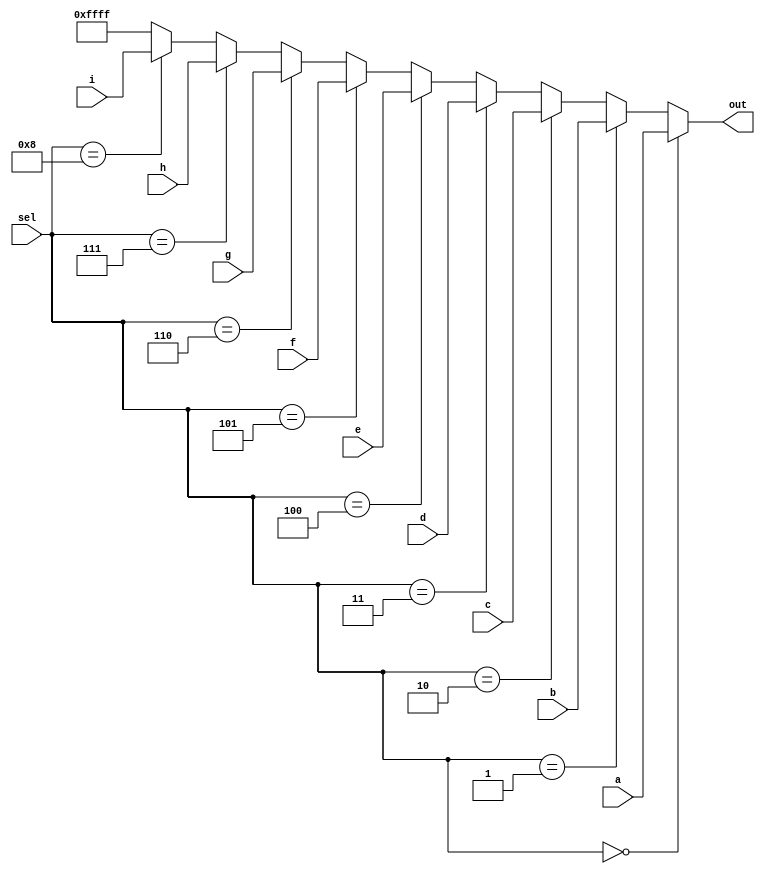
module top_module( 

                input [15:0] a, b, c, d, e, f, g, h, i,

                input [3:0] sel,

                output [15:0] out );


reg [15:0] tout;
wire [15:0] x = 1;
always @(*)
    if(sel==0)
        tout[15:0]=a[15:0];
    else if(sel==1)
        tout[15:0]=b[15:0];
    else if(sel==2)
        tout[15:0]=c[15:0];
    else if(sel==3)
        tout[15:0]=d[15:0];
    else if(sel==4)
        tout[15:0]=e[15:0];
    else if(sel==5)
        tout[15:0]=f[15:0];
    else if(sel==6)
        tout[15:0]=g[15:0];
    else if(sel==7)
        tout[15:0]=h[15:0];
    else if(sel==8)
        tout[15:0]=i[15:0];
    else
        tout[15:0]=16'hffff;

assign out[15:0] = tout;

endmodule